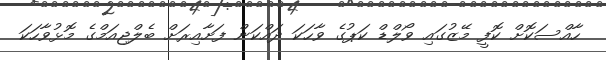
ހާއްސަކޮށް ކޮފީ މޭޒުގައި ވޯލްޑް ކަޕުގެ ވާހަކަ ދައްކަން ފަށާއިރަށް ބެލްޖިއަމްގެ މޮޅުވާހަކަ